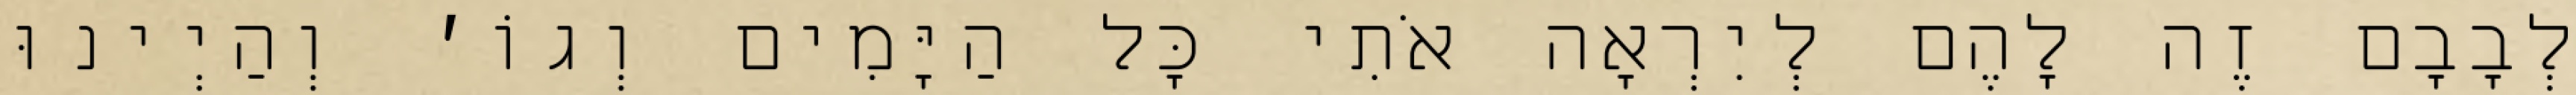
לְבָבָם זֶה לָהֶם לְיִרְאָה אֹתִי כׇּל הַיָּמִים וְגוֹ׳ וְהַיְינוּ